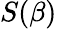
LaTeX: S(\beta)